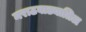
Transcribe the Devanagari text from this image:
मराठवाड्यातिल